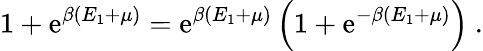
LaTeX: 1+\mathrm{e}^{\beta(E_{1}+\mu)}=\mathrm{e}^{\beta(E_{1}+\mu)}\left(1+\mathrm{e}^{-\beta(E_{1}+\mu)}\right)\ .